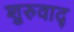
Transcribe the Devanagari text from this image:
शुरुवाद्